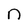
Character: n